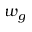
w _ { g }